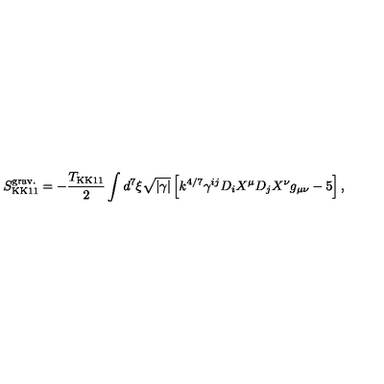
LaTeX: S _ { \mathrm { K K 1 1 } } ^ { \mathrm { g r a v . } } = - { \frac { T _ { \mathrm { K K 1 1 } } } { 2 } } \int d ^ { 7 } \xi \sqrt { | \gamma | } \left[ k ^ { 4 / 7 } \gamma ^ { i j } D _ { i } X ^ { \mu } D _ { j } X ^ { \nu } g _ { \mu \nu } - 5 \right] ,